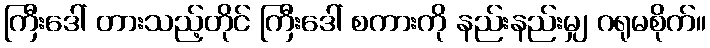
ကြီးဒေါ် တားသည့်တိုင် ကြီးဒေါ် စကားကို နည်းနည်းမျှ ဂရုမစိုက်။